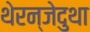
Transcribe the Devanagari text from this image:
थेरन्जेदुथा